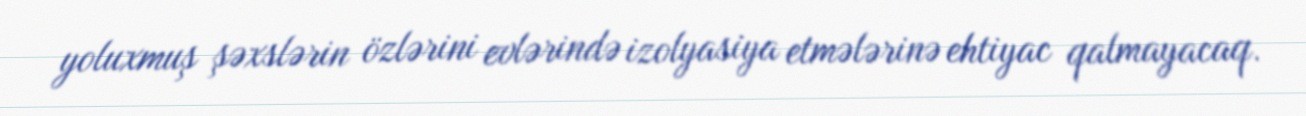
yoluxmuş şəxslərin özlərini evlərində izolyasiya etmələrinə ehtiyac qalmayacaq.